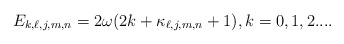
\begin{align*}E_{k,\ell,j,m,n}=2\omega (2k+\kappa _{\ell,j,m,n}+1),k=0,1,2.... \end{align*}